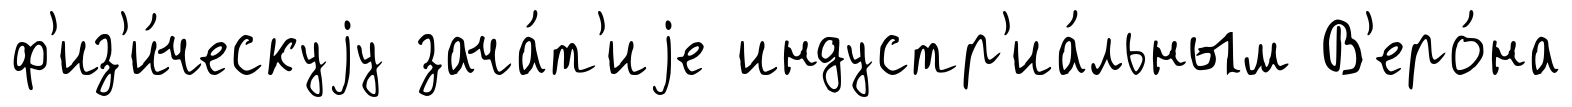
ф'из'и́ческуjу зача́т'иjе индустр'иа́льным В'еро́на